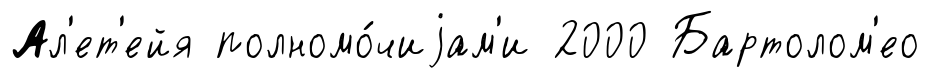
Ал'ет'ейя полномо́чиjам'и 2000 Бартолом'ео